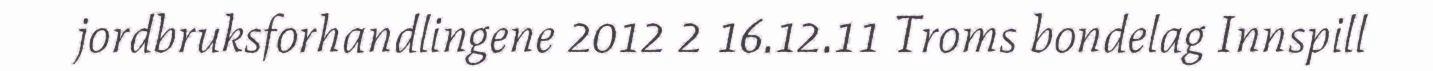
jordbruksforhandlingene 2012 2 16.12.11 Troms bondelag Innspill